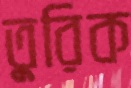
তুরিক